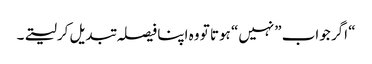
“ اگر جواب ”نہیں“ ہوتا تو وہ اپنا فیصلہ تبدیل کرلیتے۔